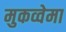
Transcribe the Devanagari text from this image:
मुकव्वेमा